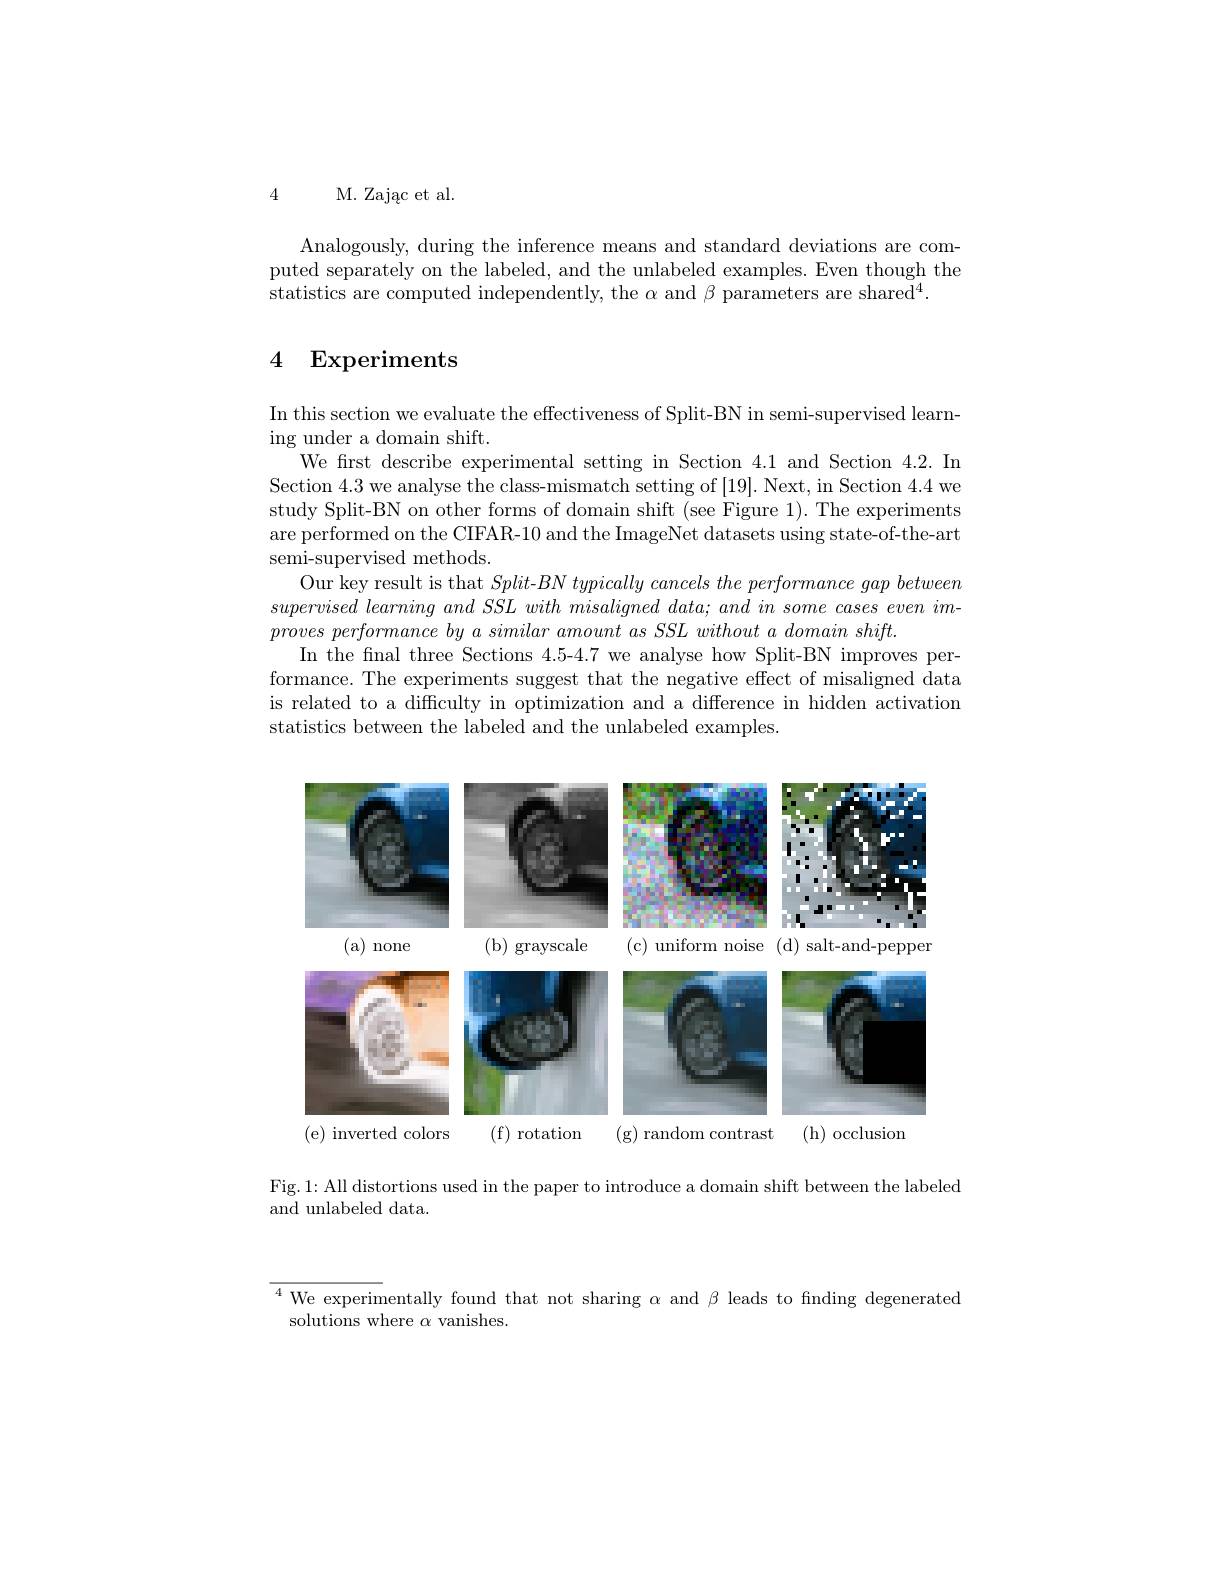
4 M. Zając et al.

Analogously, during the inference means and standard deviations are computed separately on the labeled, and the unlabeled examples. Even though the statistics are computed independently, the $\alpha$ and $\beta$ parameters are shared$^4.$

4 Experiments

In this section we evaluate the effectiveness of Split-BN in semi-supervised learn-
ing under a domain shift.
We first describe experimental setting in Section 4.1 and Section 4.2. In Section 4.3 we analyse the class-mismatch setting of [19]. Next, in Section 4.4 we study Split-BN on other forms of domain shift (see Figure 1). The experiments are performed on the CIFAR-10 and the ImageNet datasets using state-of-the-art semi-supervised methods.
Our key result is that Split-BN typically cancels the performance gap between $supervised\textit{ learming and SSL with misaligned data; and in some cases even im- }$ $proves\textit{ performance by a similar amount as SSL without a domain shift. }$
In the final three Sections 4.5-4.7 we analyse how Split-BN improves performance. The experiments suggest that the negative effect of misaligned data is related to a difficulty in optimization and a difference in hidden activation statistics between the labeled and the unlabeled examples.

<FigureHere>

Fig.1: All distortions used in the paper to introduce a domain shift between the labeled
and unlabeled data.

$\overline{^4\text{ We experim}}$entally found that not sharing $\alpha$ and $\beta$ leads to finding degenerated
solutions where $\alpha$ vanishes.